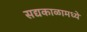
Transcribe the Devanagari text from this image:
सद्यकाळामध्ये